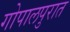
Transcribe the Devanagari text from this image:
गोपालपुरात